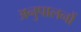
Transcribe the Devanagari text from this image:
अनुपालनों